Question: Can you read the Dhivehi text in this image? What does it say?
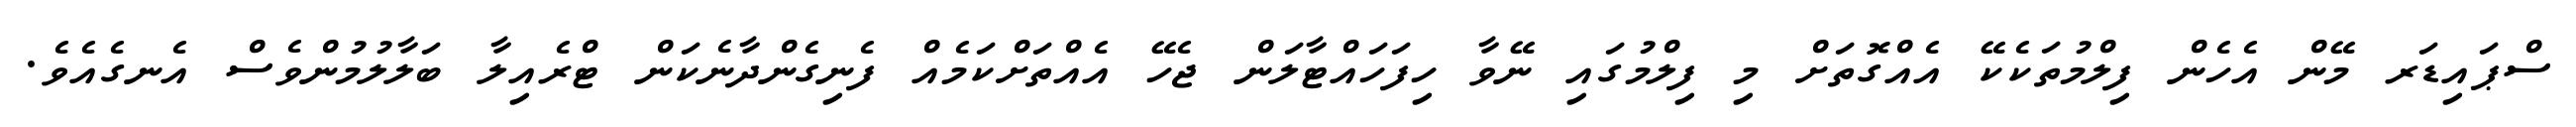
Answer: ސްޕައިޑަރ މޭން އެހެން ފިލްމުތަކެކޭ އެއްގޮތަށް މި ފިލްމުގައި ނޭވާ ހިފަހައްޓާލަން ޖެހޭ އެއްތަށްކަމެއް ފެނިގެންދާނެކަން ޓްރެއިލާ ބަލާލުމުންވެސް އެނގެއެވެ.